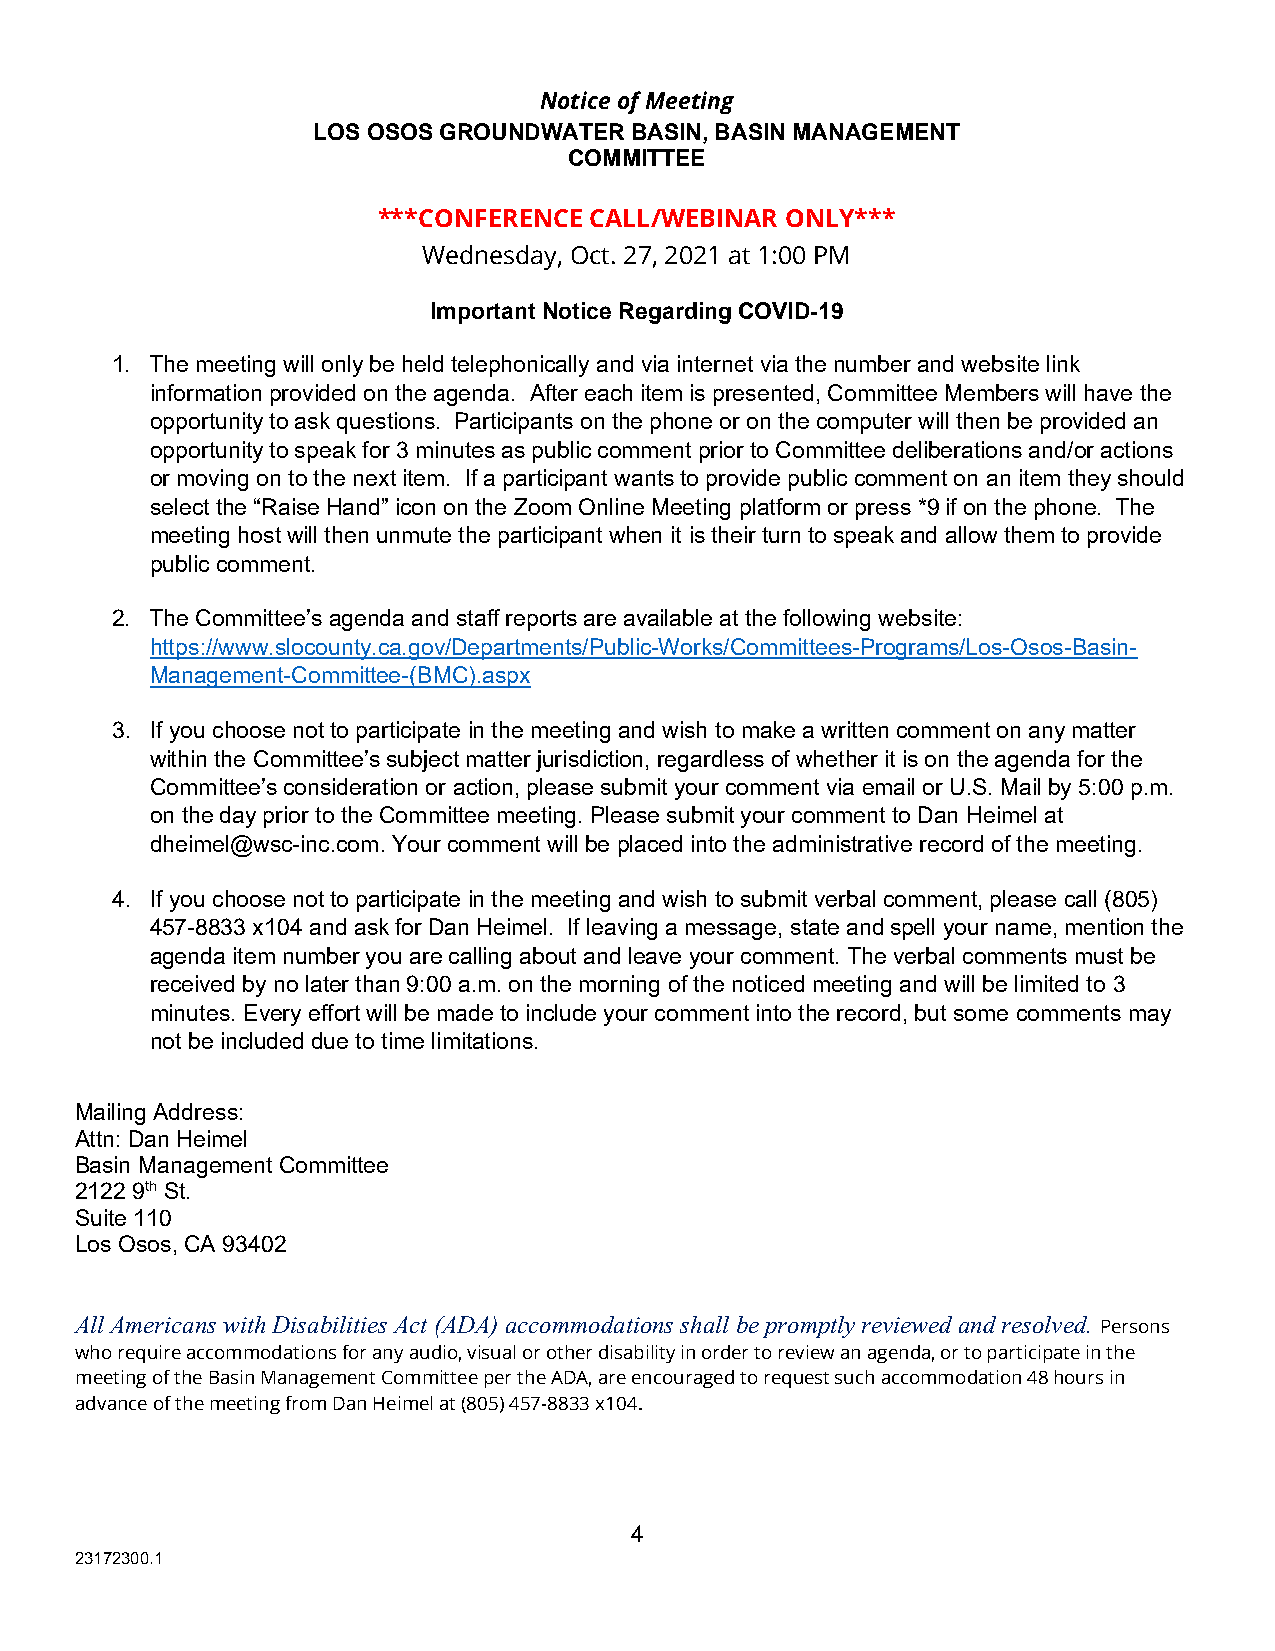
Notice of Meeting
 LOS OSOS GROUNDWATER BASIN, BASIN MANAGEMENT
 COMMITTEE
 ***CONFERENCE CALL/WEBINAR ONLY***
 Wednesday, Oct. 27, 2021 at 1:00 PM
 Important Notice Regarding COVID-19
 1. The meeting will only be held telephonically and via internet via the number and website link
 information provided on the agenda. After each item is presented, Committee Members will have the
 opportunity to ask questions. Participants on the phone or on the computer will then be provided an
 opportunity to speak for 3 minutes as public comment prior to Committee deliberations and/or actions
 or moving on to the next item. If a participant wants to provide public comment on an item they should
 select the “Raise Hand” icon on the Zoom Online Meeting platform or press *9 if on the phone. The
 meeting host will then unmute the participant when it is their turn to speak and allow them to provide
 public comment.
 2. The Committee’s agenda and staff reports are available at the following website:
 https://www.slocounty.ca.gov/Departments/Public-Works/Committees-Programs/Los-Osos-Basin-
 Management-Committee-(BMC).aspx
 3. If you choose not to participate in the meeting and wish to make a written comment on any matter
 within the Committee’s subject matter jurisdiction, regardless of whether it is on the agenda for the
 Committee’s consideration or action, please submit your comment via email or U.S. Mail by 5:00 p.m.
 on the day prior to the Committee meeting. Please submit your comment to Dan Heimel at
 dheimel@wsc-inc.com. Your comment will be placed into the administrative record of the meeting.
 4. If you choose not to participate in the meeting and wish to submit verbal comment, please call (805)
 457-8833 x104 and ask for Dan Heimel. If leaving a message, state and spell your name, mention the
 agenda item number you are calling about and leave your comment. The verbal comments must be
 received by no later than 9:00 a.m. on the morning of the noticed meeting and will be limited to 3
 minutes. Every effort will be made to include your comment into the record, but some comments may
 not be included due to time limitations.
 Mailing Address:
 Attn: Dan Heimel
 Basin Management Committee
 2122 9th St.
 Suite 110
 Los Osos, CA 93402
 All Americans with Disabilities Act (ADA) accommodations shall be promptly reviewed and resolved.
 Persons
 who require accommodations for any audio, visual or other disability in order to review an agenda, or to participate in the
 meeting of the Basin Management Committee per the ADA, are encouraged to request such accommodation 48 hours in
 advance of the meeting from Dan Heimel at (805) 457-8833 x104.
 4
 2 3172300.1